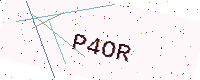
Text: P4OR